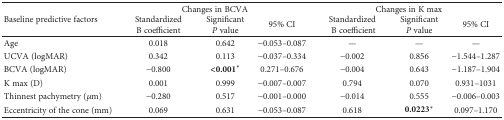
| <ROWSPAN=2> Baseline predictive factors | <COLSPAN=3> Changes in BCVA | <COLSPAN=3> Changes in K max |
 | Standardized B coefficient | Significant P value | 95% CI | Standardized B coefficient | Significant P value | 95% CI |
 | --- | --- | --- | --- | --- | --- | --- |
 | Age | 0.018 | 0.642 | −0.053–0.087 | — | — | — |
 | UCVA (logMAR) | 0.342 | 0.113 | −0.037–0.334 | −0.002 | 0.856 | −1.544–1.287 |
 | BCVA (logMAR) | −0.800 | <0.001∗ | 0.271–0.676 | −0.004 | 0.643 | −1.187–1.904 |
 | K max (D) | 0.001 | 0.999 | −0.007–0.007 | 0.794 | 0.070 | 0.931–1031 |
 | Thinnest pachymetry (μm) | −0.280 | 0.517 | −0.001–0.000 | −0.014 | 0.555 | −0.006–0.003 |
 | Eccentricity of the cone (mm) | 0.069 | 0.631 | −0.053–0.087 | 0.618 | 0.0223∗ | 0.097–1.170 |